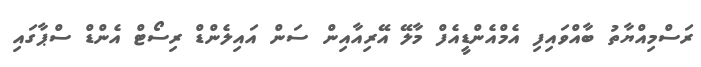
ރަސްމިއްޔާތު ބާއްވައިފި އެމްއެންޑީއެފް މާލޭ އޭރިއާއިން ސަން އައިލެންޑް ރިސޯޓް އެންޑް ސްޕާގައި